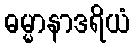
ဓမ္မာနာဒရိယံ